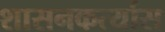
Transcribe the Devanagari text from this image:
शासनकर्त्यास